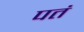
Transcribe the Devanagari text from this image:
पतं